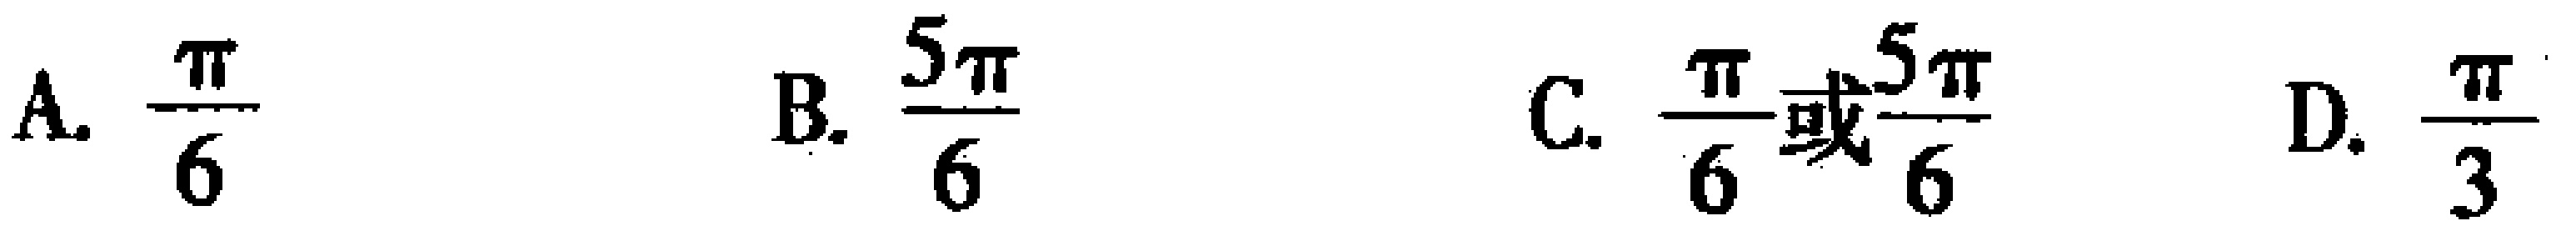
A. $\frac{\pi}{6}$  B. $\frac{5\pi}{6}$  C. $\frac{\pi}{6}或\frac{5\pi}{6}$  D. $\frac{\pi}{3}$